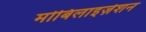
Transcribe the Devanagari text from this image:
मोबिलाइज़ेशन